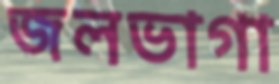
জলভাগা